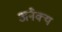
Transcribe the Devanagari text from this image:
अनैक्य